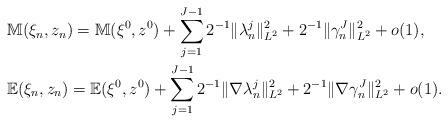
LaTeX: \begin{align*} \begin{aligned} & \mathbb{M}(\xi _n,z _n ) = \mathbb{M}(\xi ^0,z^0 )+\sum_{j=1}^{J-1}2^{-1}\| \lambda^j_n \| _{L^2}^2 + 2^{-1} \| \gamma^J_n \| _{L^2}^2 +o(1),\\& \mathbb{E}(\xi _n,z _n ) = \mathbb{E}(\xi ^0, z^0 )+\sum_{j=1}^{J-1}2^{-1}\|\nabla \lambda^j_n \| _{L^2}^2 + 2^{-1} \|\nabla \gamma^J_n \| _{L^2}^2 +o(1).\end{aligned}\end{align*}